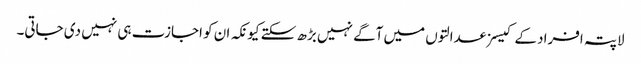
لاپتہ افراد کے کیسز عدالتوں میں آگے نہیں بڑھ سکتے کیونکہ ان کو اجازت ہی نہیں دی جاتی۔